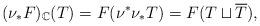
LaTeX: \begin{align*}(\nu_{*}F)_{\mathbb{C}}(T)=F(\nu^{*}\nu_{*}T)=F(T\sqcup\overline{T}),\end{align*}